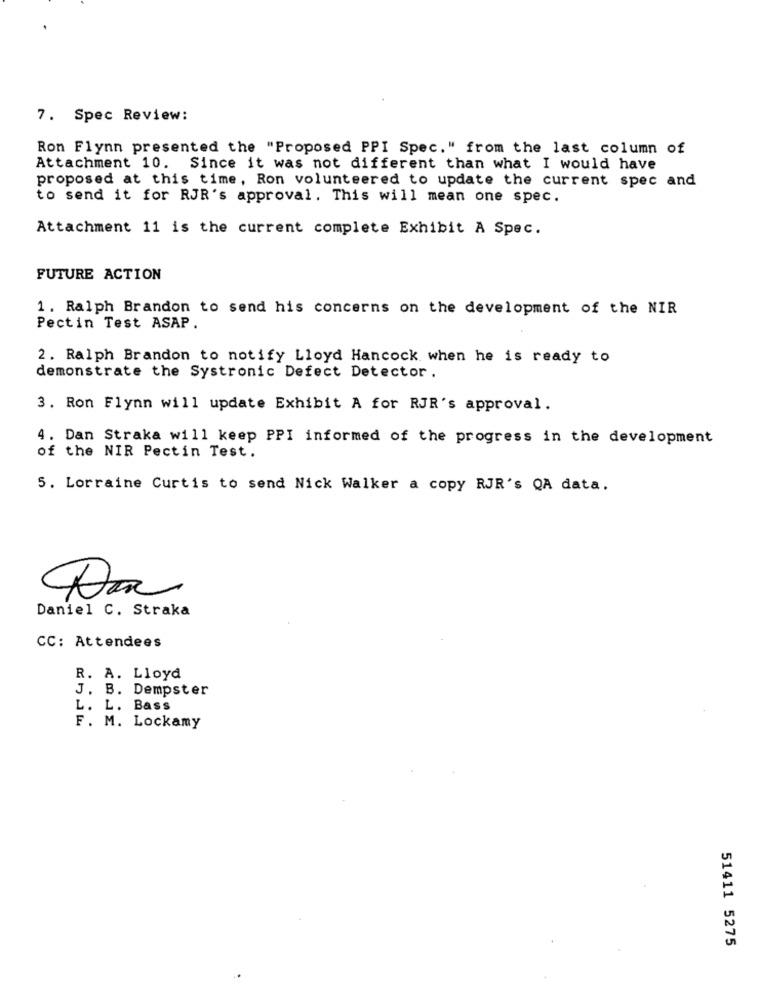
7. Spec Review:
Ron Flynn presented the "Proposed PPI Spec." from the last column of
Attachment 10. Since it was not different than what I would have
proposed at this time, Ron volunteered to update the current spec and
to send it for RJR's approval. This will mean one spec.
Attachment 11 is the current complete Exhibit A Spec.
FUTURE ACTION
1. Ralph Brandon to send his concerns on the development of the NIR
Pectin Test ASAP .
2. Ralph Brandon to notify Lloyd Hancock when he is ready to
demonstrate the Systronic Defect Detector .
3. Ron Flynn will update Exhibit A for RJR's approval.
. Dan Straka will keep PPI informed of the progress in the development
of the NIR Pectin Test.
5. Lorraine Curtis to send Nick Walker a copy RJR's QA data.
Daniel C. Straka
CC: Attendees
R. A. Lloyd
J. B. Dempster
L. L. Bass
F. M. Lockamy
51411 5275